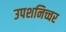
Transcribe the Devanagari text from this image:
उपशनिच्चर